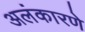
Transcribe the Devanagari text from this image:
अलंकारणे